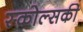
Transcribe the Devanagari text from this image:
स्कोल्सकी